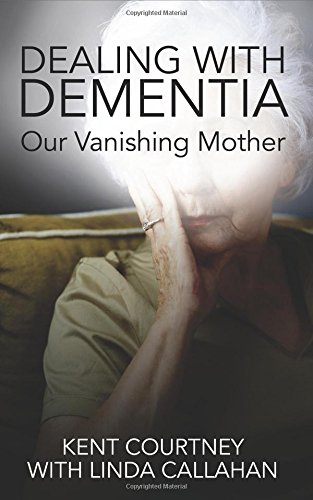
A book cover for Dealing with Dementia: Our Vanishing Mother; Kent Courtney; Biographies & Memoirs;